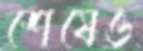
শেষেও